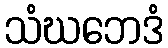
သံဃဘေဒံ